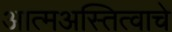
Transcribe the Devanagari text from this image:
आत्मअस्तित्वाचे